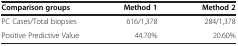
<table><thead><tr><td><b>Comparison groups</b></td><td><b>Method 1</b></td><td><b>Method 2</b></td></tr></thead><tbody><tr><td>PC Cases/Total biopsies</td><td>616/1,378</td><td>284/1,378</td></tr><tr><td>Positive Predictive Value</td><td>44.70%</td><td>20.60%</td></tr></tbody></table>